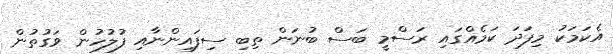
އެކަމަކު މިފަދަ ކަމެއްގައި ރަސްމީ ބަސް ބުނަން ތިބި ސިފައިންނާއި ފުލުހުން ވަގުތުން